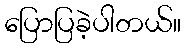
ပြောပြခဲ့ပါတယ်။